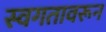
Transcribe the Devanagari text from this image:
स्वगतावरून